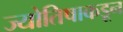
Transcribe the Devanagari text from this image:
ज्योतिषाकडून